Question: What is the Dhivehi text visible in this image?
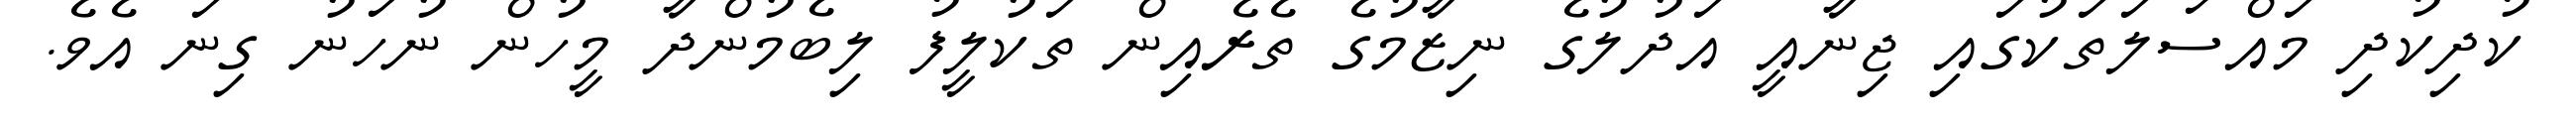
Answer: ކުދިކުދި މައްސަލަތަކުގައި ޖިނާއީ އަދުލުގެ ނިޒާމުގެ ތެރެއިން ތަކުލީފު ލިބެމުންދާ މީހުން ނުހަނު ގިނަ އެވެ.